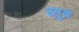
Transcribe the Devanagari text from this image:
य्तुब